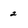
Character: 2